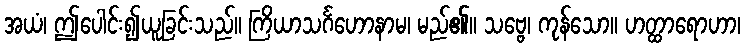
အယံ၊ ဤပေါင်း၍ယူခြင်းသည်။ ကြိယာသင်္ဂဟောနာမ၊ မည်၏။ သဗ္ဗေ၊ ကုန်သော။ ဟတ္ထာရောဟာ၊